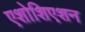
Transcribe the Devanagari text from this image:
एशोशिएशन